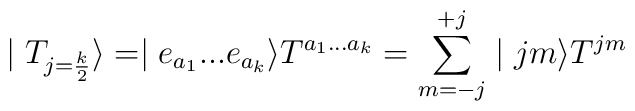
\mid T_{j=\frac {k}{2}}\rangle=\mid e_{a_{1}}... e_{a_{k}}\rangle T^{a_{1}...a_{k}}= \sum^{+j}_{m=-j} \mid jm\rangle T^{jm}